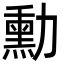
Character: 勳